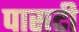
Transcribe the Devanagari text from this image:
पासटी